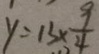
y = 1 3 \times \frac { 9 } { 4 }